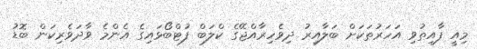
މިއީ ފާއިތުވި އަހަރުތަކަށް ބަލާއިރު ދިވެހިރާއްޖޭގެ ކްލަބް ފުޓްބޯޅައިގެ އެންމެ ވާދަވެރިކަން ބޮޑު